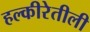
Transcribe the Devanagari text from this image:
हल्‍कीरेतीली